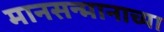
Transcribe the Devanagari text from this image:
मानसन्मानाच्या